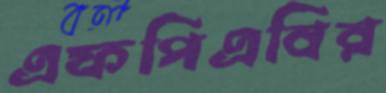
এফপিএবির